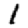
Digit: 1